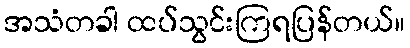
အသံတခါ ထပ်သွင်းကြရပြန်တယ်။